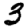
Digit: 3